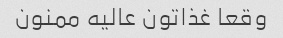
وقعا غذاتون عالیه ممنون